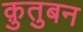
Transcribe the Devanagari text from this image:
क़ुतुबन